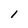
Character: l